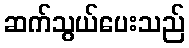
ဆက်သွယ်ပေးသည်